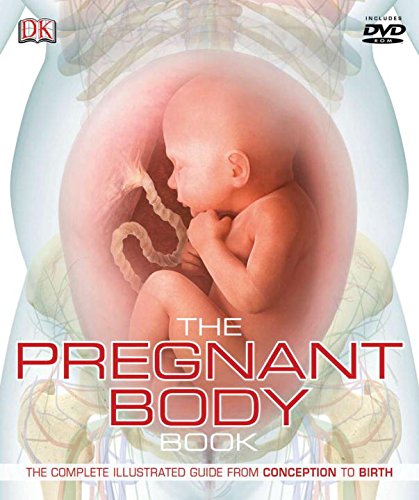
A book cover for The Pregnant Body Book; DK Publishing; Parenting & Relationships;